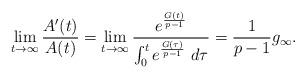
LaTeX: \begin{align*}\lim_{t \to \infty} \frac{A'(t)}{A(t)}=\lim_{t \to \infty} \frac{e^{\frac{G(t)}{p-1}}}{\int_0^t e^{\frac{G(\tau)}{p-1}} \ d\tau}= \frac{1}{p-1}g_\infty.\end{align*}